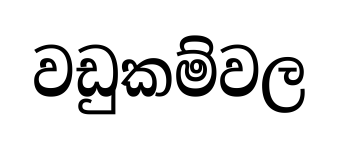
වඩුකම්වල